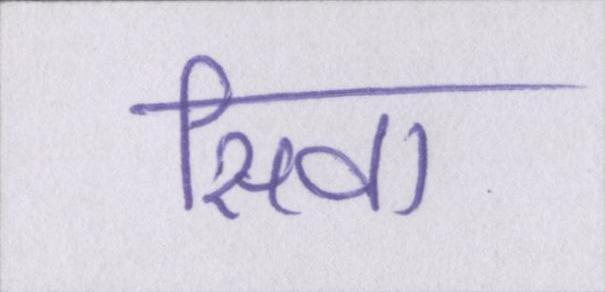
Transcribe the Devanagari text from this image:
सिवा